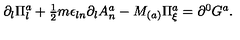
\partial _ { l } \Pi _ { l } ^ { a } + \textstyle { \frac { 1 } { 2 } } m \epsilon _ { l n } \partial _ { l } A _ { n } ^ { a } - M _ { ( a ) } \Pi _ { \xi } ^ { a } = \partial ^ { 0 } G ^ { a } .